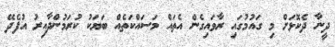
ދީނާ ދެކޮޅަށް މި ގައުމުގައި ރާވައިގެން އެތައް މަސައްކަތެއް ބަޔަކު ކުރަމުންދާއިރު އުފެދޭ